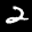
Label: 2